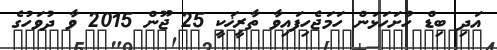
އަދި ބިޑް ހުށަހަޅަން ހަމަޖެހިފައިވާ ތާރީޚަކީ 25 ޖޫން 2015 ވާ ދުވަހުގެ